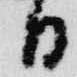
日